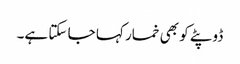
ڈوپٹے کو بھی خمار کہا جا سکتا ہے۔